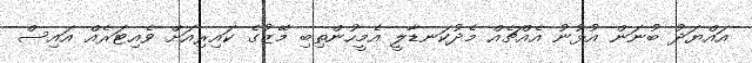
އައްޔަދު ބުނަން އުޅުނު އެއްޗެއް މެދުކަނޑާލީ އެމީހުންތިބި މޭޒުގެ ކައިރިއަށް ވެއިޓަރެއް އައިސް